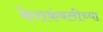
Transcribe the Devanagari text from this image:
केशकंबलीच्या